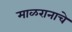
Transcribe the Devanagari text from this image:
माळरानाचे